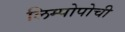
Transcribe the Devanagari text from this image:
लिम्पोपोची